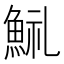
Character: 𩷋